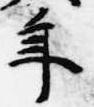
年